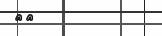
٢٥